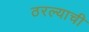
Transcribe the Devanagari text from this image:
ठरल्याची